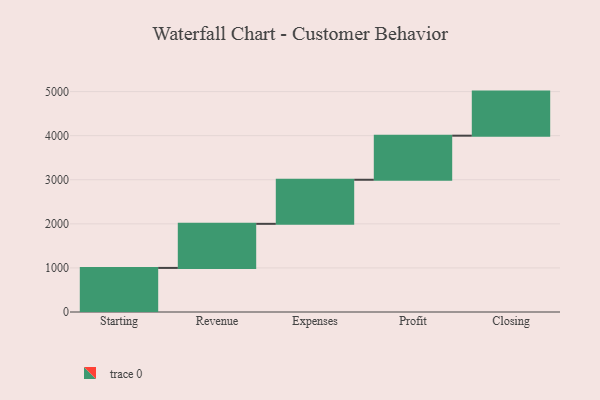
{"axis": {"x": "Step", "y": "Value"}, "legend": [""], "data": [{"x": "Starting", "y": 1000, "type": ""}, {"x": "Revenue", "y": 1000, "type": ""}, {"x": "Expenses", "y": 1000, "type": ""}, {"x": "Profit", "y": 1000, "type": ""}, {"x": "Closing", "y": 1000, "type": ""}]}